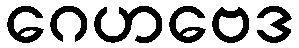
ဂေဟဗေဒ